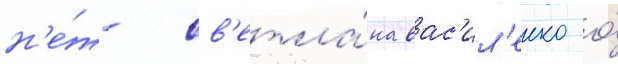
н'е́т- св'етла́на вас'ил'енко о́